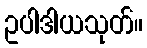
ဥပါဒါယသုတ်။